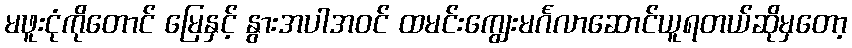
မဖူးငုံကိုတောင် မြေနှင့် နွားအပါအဝင် ထမင်းကျွေးမင်္ဂလာဆောင်ယူရတယ်ဆိုမှတော့